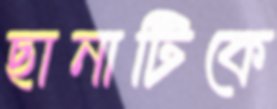
ছানাটিকে